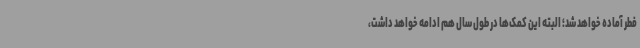
فطر آماده خواهد شد؛ البته این کمک‌ها در طول سال هم ادامه خواهد داشت،